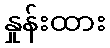
နှုန်းထား